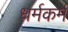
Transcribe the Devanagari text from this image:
धर्मकर्म